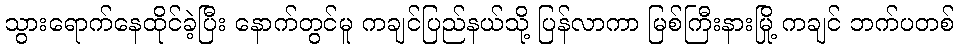
သွားရောက်နေထိုင်ခဲ့ပြီး နောက်တွင်မူ ကချင်ပြည်နယ်သို့ ပြန်လာကာ မြစ်ကြီးနားမြို့ ကချင် ဘက်ပတစ်